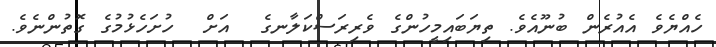
ހެއްޔެވެ އެއުރެން ބުނޫއެވެ. ތިޔަބައިމީހުންގެ ވެރިރަސްކަލާނގެ  އަށް  ހުށަހެޅުމުގެ ގޮތުންނެވެ.